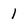
Character: 1